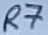
Text: R7